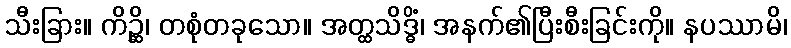
သီးခြား။ ကိဉ္ဆိ၊ တစုံတခုသော။ အတ္ထသိဒ္ဓိံ၊ အနက်၏ပြီးစီးခြင်းကို။ နပဿာမိ၊